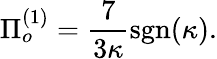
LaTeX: \Pi_{o}^{(1)}=\frac{7}{3\kappa}\mathrm{sgn}(\kappa).